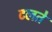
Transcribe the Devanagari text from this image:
टलते